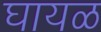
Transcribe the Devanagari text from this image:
घायळ